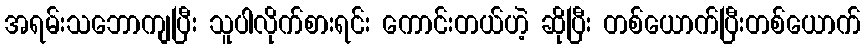
အရမ်းသဘောကျပြီး သူပါလိုက်စားရင်း ကောင်းတယ်ဟဲ့ ဆိုပြီး တစ်ယောက်ပြီးတစ်ယောက်